Vaccination in Bombay 1869-1873 - 1869-1873
Year: 1869
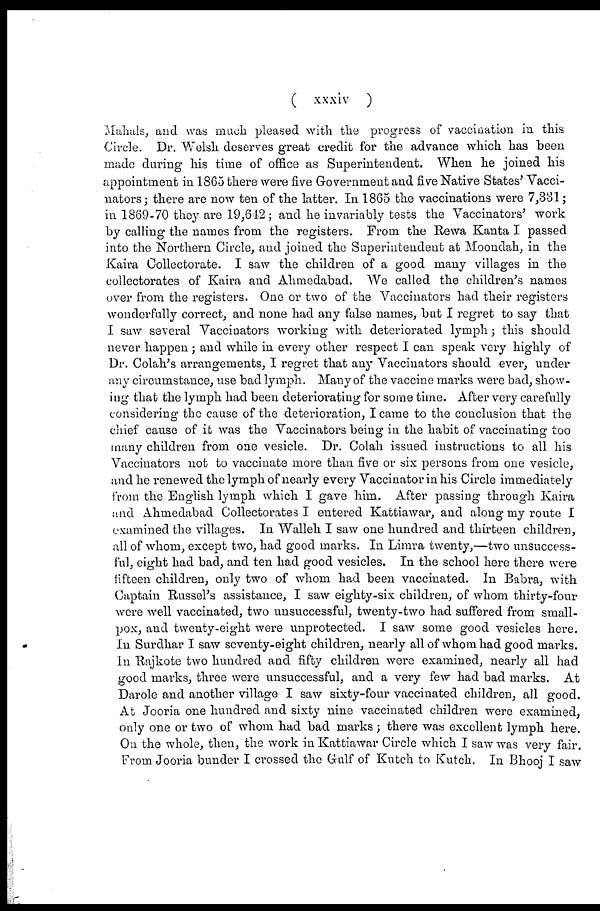
( xxxiv
)
Mahals, and was much, pleased with the progress of vaccination in this
Circle. Dr. Welsh, deserves great credit for the advance which has been
made during his time of office as Superintendent. When he joined his
appointment in 1865 there were five Government and five Native States' Vacci-
nators; there are now ten of the latter. In 1865 the vaccinations were 7,331;
in 1869-70 they are 19,642; and he invariably tests the Vaccinators' work
by calling the names from the registers. From the Rewa Kanta I passed
into the Northern Circle, and joined the Superintendent at Moondah, in the
Kaira Collectorate. I saw the children of a good many villages in the
collectorates of Kaira and Ahmedabad. We called the children's names
over from the registers. One or two of the Vaccinators had their registers
wonderfully correct, and none had any false names, but I regret to say that
I saw several Vaccinators working with deteriorated lymph; this should
never happen; and while in every other respect I can speak very highly of
Dr. Colah's arrangements, I regret that any Vaccinators should ever, under
any circumstance, use bad lymph. Many of the vaccine marks were bad, show-
ing that the lymph had been deteriorating for some time. After very carefully
considering the cause of the deterioration, I came to the conclusion that the
chief cause of it was the Vaccinators being in the habit of vaccinating too
many children from one vesicle. Dr. Colah issued instructions to all his
Vaccinators not to vaccinate more than five or six persons from one vesicle,
and he renewed the lymph of nearly every Vaccinator in his Circle immediately
from the English lymph which I gave him. After passing through Kaira
and Ahmedabad Collectorates I entered Kattiawar, and along my route I
examined the villages. In Walleh I saw one hundred and thirteen children,
all of whom, except two, had good marks. In Limra twenty,—two unsuccess-
ful, eight had bad, and ten had good vesicles. In the school here there were
fifteen children, only two of whom had been vaccinated. In Babra, with
Captain Russel's assistance, I saw eighty-six children, of whom thirty-four
were well vaccinated, two unsuccessful, twenty-two had suffered from small-
pox, and twenty-eight were unprotected. I saw some good vesicles here.
In Surdhar I saw seventy-eight children, nearly all of whom had good marks.
In Rajkote two hundred and fifty children were examined, nearly all had
good marks, three were unsuccessful, and a very few had bad marks. At
Darole and another village I saw sixty-four vaccinated children, all good.
At Jooria one hundred and sixty nine vaccinated children were examined,
only one or two of whom had bad marks; there was excellent lymph here.
On the whole, then, the work in Kattiawar Circle which I saw was very fair.
From Jooria bunder I crossed the Gulf of Kutch to Kutch. In Bhooj I saw